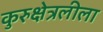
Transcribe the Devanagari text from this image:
कुरुक्षेत्रलीला